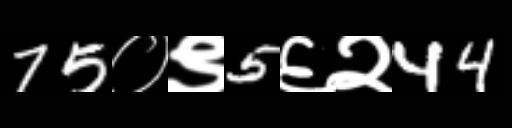
Text: 75०९5६२44